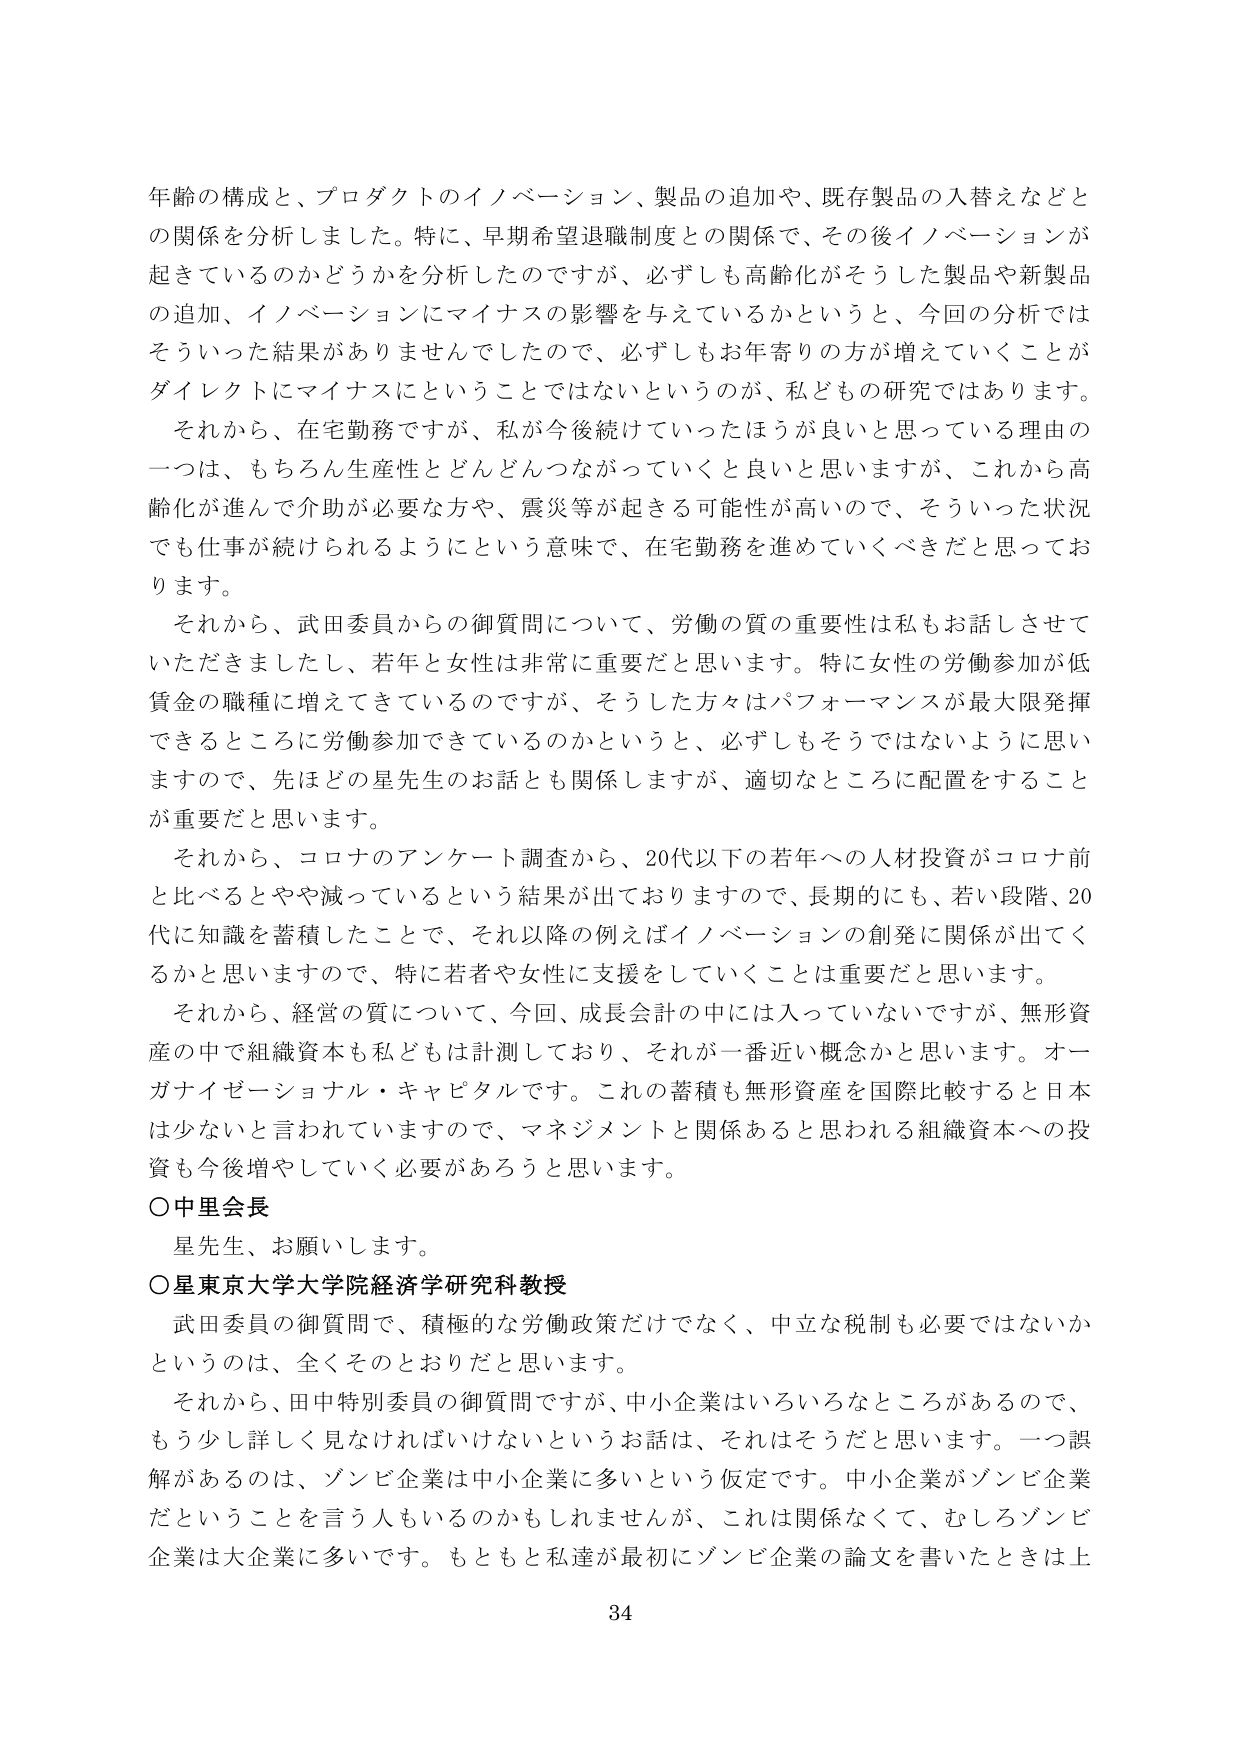
年齢の構成と、プロダクトのイノベーション、製品の追加や、既存製品の入替えなどとの関係を分析しました。特に、早期希望退職制度との関係で、その後イノベーションが起きているのかどうかを分析したのですが、必ずしも高齢化がそうした製品や新製品の追加、イノベーションにマイナスの影響を与えているかというと、今回の分析ではそういった結果がありませんでしたので、必ずしもお年寄りの方が増えていくことがダイレクトにマイナスにということではないというのが、私どもの研究ではあります。

それから、在宅勤務ですが、私が今後続けていったほうが良いと思っている理由の一つは、もちろん生産性とどんどんつながっていくと良いと思いますが、これから高齢化が進んで介助が必要な方や、震災等が起きる可能性が高いので、そういった状況でも仕事が続けられるようにという意味で、在宅勤務を進めていくべきだと思っております。

それから、武田委員からの御質問について、労働の質の重要性は私もお話しさせていただきましたし、若年と女性は非常に重要だと思います。特に女性の労働参加が低賃金の職種に増えてきているのですが、そうした方々はパフォーマンスが最大限発揮できるところに労働参加できているのかというと、必ずしもそうではないように思いますので、先ほどの星先生のお話とも関係しますが、適切なところに配置をすることが重要だと思います。

それから、コロナのアンケート調査から、20代以下の若年への人材投資がコロナ前と比べるとやや減っているという結果が出ておりますので、長期的にも、若い段階、20代に知識を蓄積したことで、それ以降の例えばイノベーションの創発に関係が出てくるかと思いますので、特に若者や女性に支援をしていくことは重要だと思います。

それから、経営の質について、今回、成長会計の中には入っていないですが、無形資産の中で組織資本も私どもは計測しており、それが一番近い概念かと思います。オーガナイゼーショナル・キャピタルです。これの蓄積も無形資産を国際比較すると日本は少ないと言われていますので、マネジメントと関係あると思われる組織資本への投資も今後増やしていく必要があろうと思います。

○中里会長
星先生、お願いします。

○星東京大学大学院経済学研究科教授
武田委員の御質問で、積極的な労働政策だけでなく、中立な税制も必要ではないかというのは、全くそのとおりだと思います。

それから、田中特別委員の御質問ですが、中小企業はいろいろなところがあるので、もう少し詳しく見なければならないというお話は、それはそうだと思います。一つ誤解があるのは、ゾンビ企業は中小企業に多いという仮定です。中小企業がゾンビ企業だということを言う人もいるのかもしれませんが、これは関係なくて、むしろゾンビ企業は大企業に多いです。もともと私達が最初にゾンビ企業の論文を書いたときは上

34